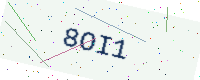
Text: 8OI1